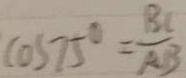
\cos 7 5 ^ { \circ } = \frac { B C } { A B }